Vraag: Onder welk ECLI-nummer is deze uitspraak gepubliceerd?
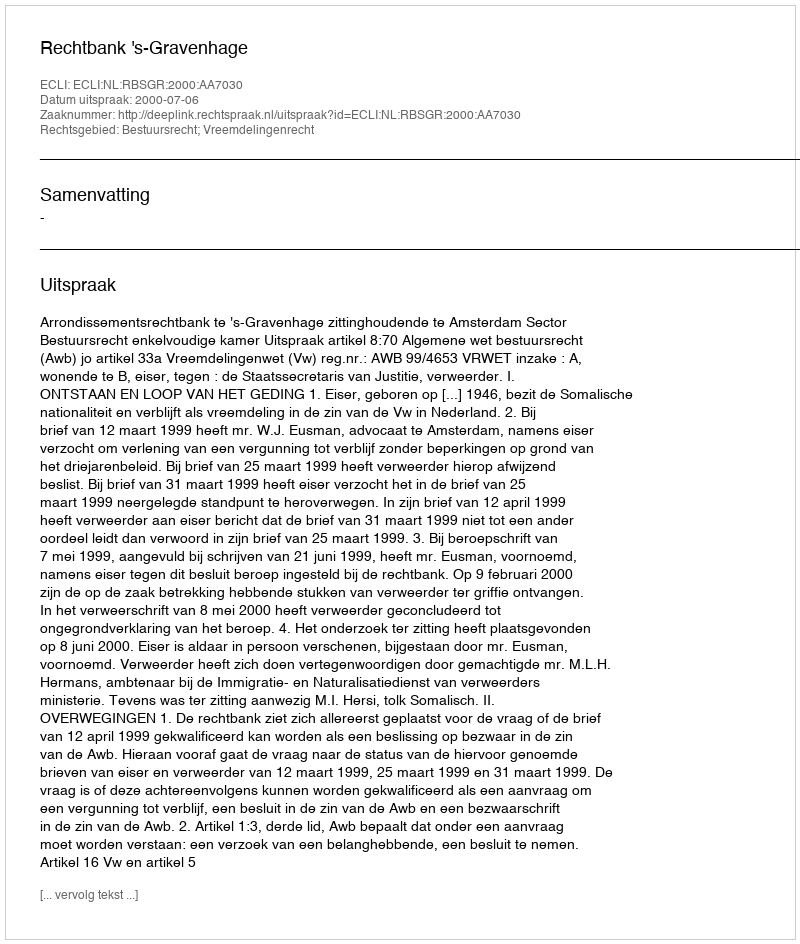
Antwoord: ECLI:NL:RBSGR:2000:AA7030